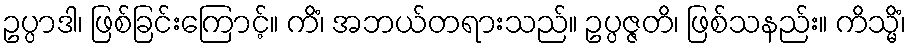
ဥပ္ပာဒါ၊ ဖြစ်ခြင်းကြောင့်။ ကိံ၊ အဘယ်တရားသည်။ ဥပ္ပဇ္ဇတိ၊ ဖြစ်သနည်း။ ကိသ္မိံ၊